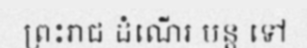
ព្រះរាជ ដំណើរ បន្ត ទៅ